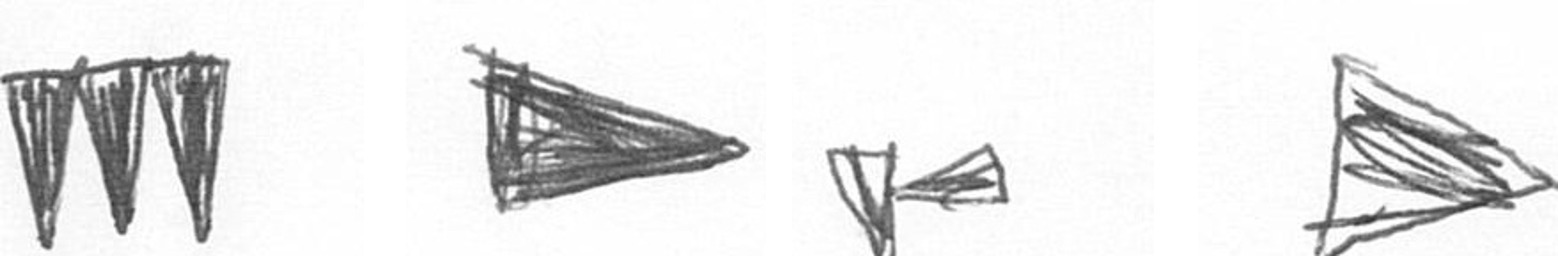
L T F T